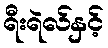
ရီးရဲလ်နှင့်